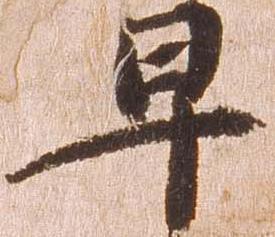
早